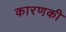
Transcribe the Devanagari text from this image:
कारणकी